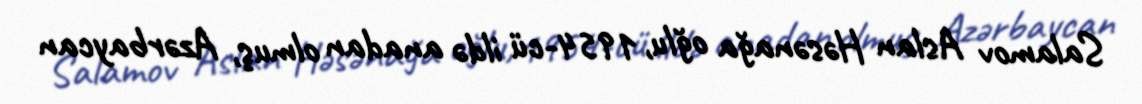
Salamov Aslan Həsənağa oğlu, 1954-cü ildə anadan olmuş, Azərbaycan